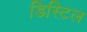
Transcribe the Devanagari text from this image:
डिस्टिल